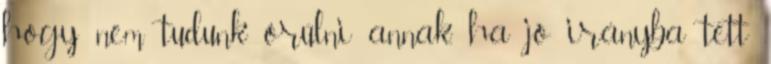
hogy nem tudunk örülni annak, ha jó irányba tett